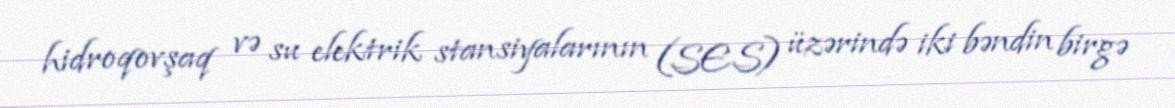
hidroqovşaq və su elektrik stansiyalarının (SES) üzərində iki bəndin birgə